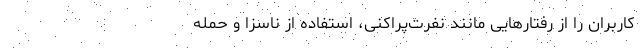
کاربران را از رفتارهایی مانند نفرت‌پراکنی، استفاده از ناسزا و حمله